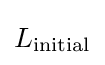
L_{\mathrm {initial} }